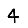
Digit: 4